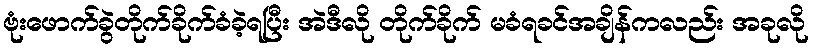
ဗုံးဖောက်ခွဲတိုက်ခိုက်ခံခဲ့ရပြီး အဲဒီလို တိုက်ခိုက် မခံရခင်အချိန်ကလည်း အခုလို